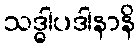
သဒ္ဓါပဒါနာနိ